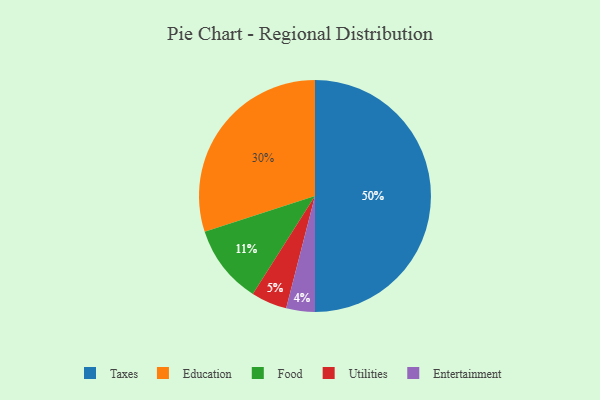
{"axis": {"x": "Category", "y": "Percentage"}, "legend": ["Education", "Entertainment", "Food", "Taxes", "Utilities"], "data": [{"x": "Education", "y": 30, "type": "Education"}, {"x": "Food", "y": 11, "type": "Food"}, {"x": "Entertainment", "y": 4, "type": "Entertainment"}, {"x": "Utilities", "y": 5, "type": "Utilities"}, {"x": "Taxes", "y": 50, "type": "Taxes"}]}